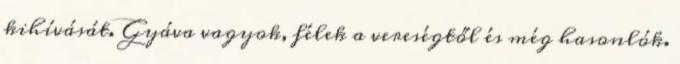
kihívását. Gyáva vagyok, félek a vereségtől és még hasonlók.